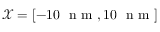
\mathcal { X } = [ - 1 0 ~ \mathrm { ~ n ~ m ~ } , 1 0 ~ \mathrm { ~ n ~ m ~ } ]